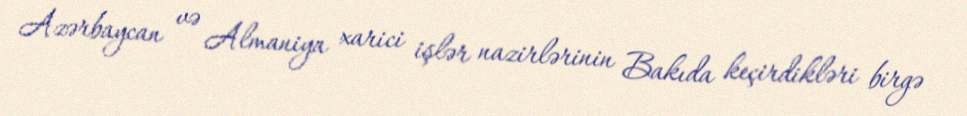
Azərbaycan və Almaniya xarici işlər nazirlərinin Bakıda keçirdikləri birgə